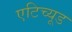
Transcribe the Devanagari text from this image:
एटिच्यूड